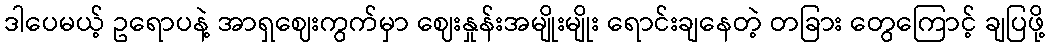
ဒါပေမယ့် ဥရောပနဲ့ အာရှဈေးကွက်မှာ ဈေးနှုန်းအမျိုးမျိုး ရောင်းချနေတဲ့ တခြား တွေကြောင့် ချပြဖို့